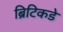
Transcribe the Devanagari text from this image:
ब्रिटिकडे